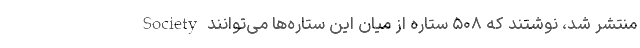
Society منتشر شد، نوشتند که ۵۰۸ ستاره از میان این ستاره‌ها می‌توانند